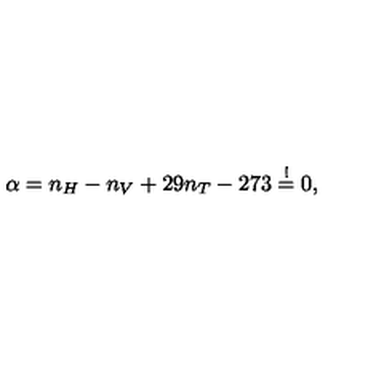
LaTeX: \alpha = n _ { H } - n _ { V } + 2 9 n _ { T } - 2 7 3 \stackrel { ! } { = } 0 ,